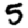
Digit: 5